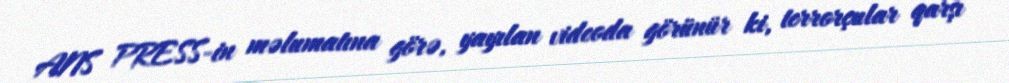
ANS PRESS-in məlumatına görə, yayılan videoda görünür ki, terrorçular qarşı